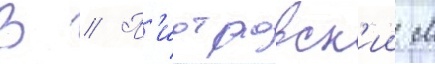
В // П'иотровск'ии м